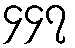
၄၄၇